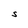
Character: S